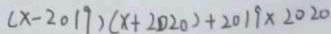
( x - 2 0 1 9 ) ( x + 2 0 2 0 ) + 2 0 1 9 \times 2 0 2 0